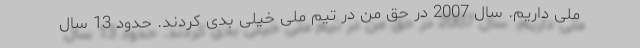
ملی داریم. سال 2007 در حق من در تیم ملی خیلی بدی کردند. حدود 13 سال